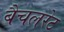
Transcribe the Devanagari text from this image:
बैचलरेट